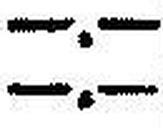
—.—